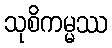
သုစိကမ္မဿ